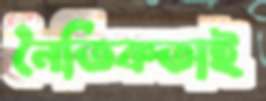
নৈতিকতাই